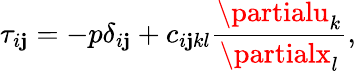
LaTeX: \tau_{i\mathbf{j}}=-p\delta_{i\mathbf{j}}+c_{i\mathbf{j}kl}\frac{{\partialu_{k}}}{{\partialx_{l}}},